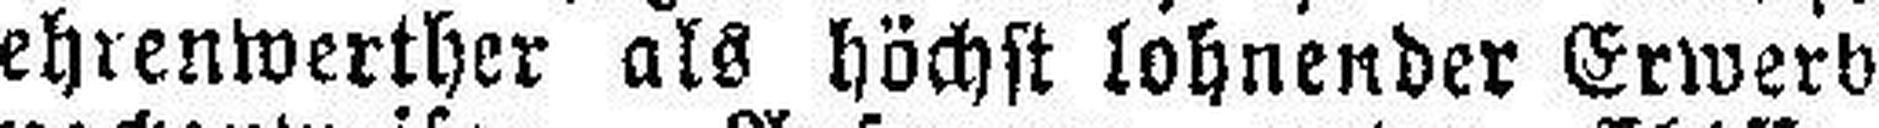
ehrenwerther als höchst lohnender Erwerb